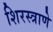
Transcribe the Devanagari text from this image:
शिरस्त्राणे